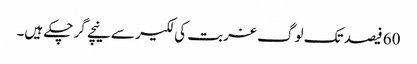
60 فیصد تک لوگ غربت کی لکیر سے نیچے گر چکے ہیں۔